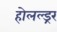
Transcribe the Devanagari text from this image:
होलल्ड्रर